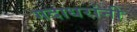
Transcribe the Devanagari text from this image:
गदाधरांनी